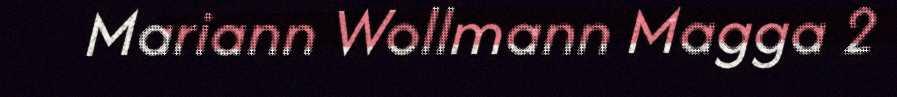
Mariann Wollmann Magga 2